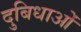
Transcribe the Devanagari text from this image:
दुबिधाओं